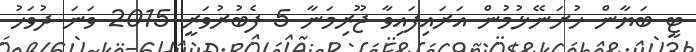
ޓީ ބަޔާން ހުށަނޭޅުމުން އަރައިފައިވާ ޖޫރިމަނާ 5 ފެބުރުވަރީ 2015 ވަނަ ދުވަހު